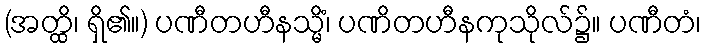
(အတ္ထိ၊ ရှိ၏။) ပဏီတဟီနသ္မိံ၊ ပဏိတဟီနကုသိုလ်၌။ ပဏီတံ၊